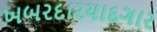
ખબરદારયાદગાર